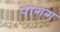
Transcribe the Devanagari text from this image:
पागग